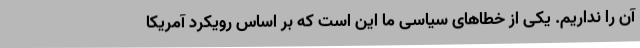
آن را نداریم. یکی از خطاهای سیاسی ما این است که بر اساس رویکرد آمریکا